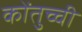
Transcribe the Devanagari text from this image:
कोंतुच्ची